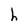
Character: h